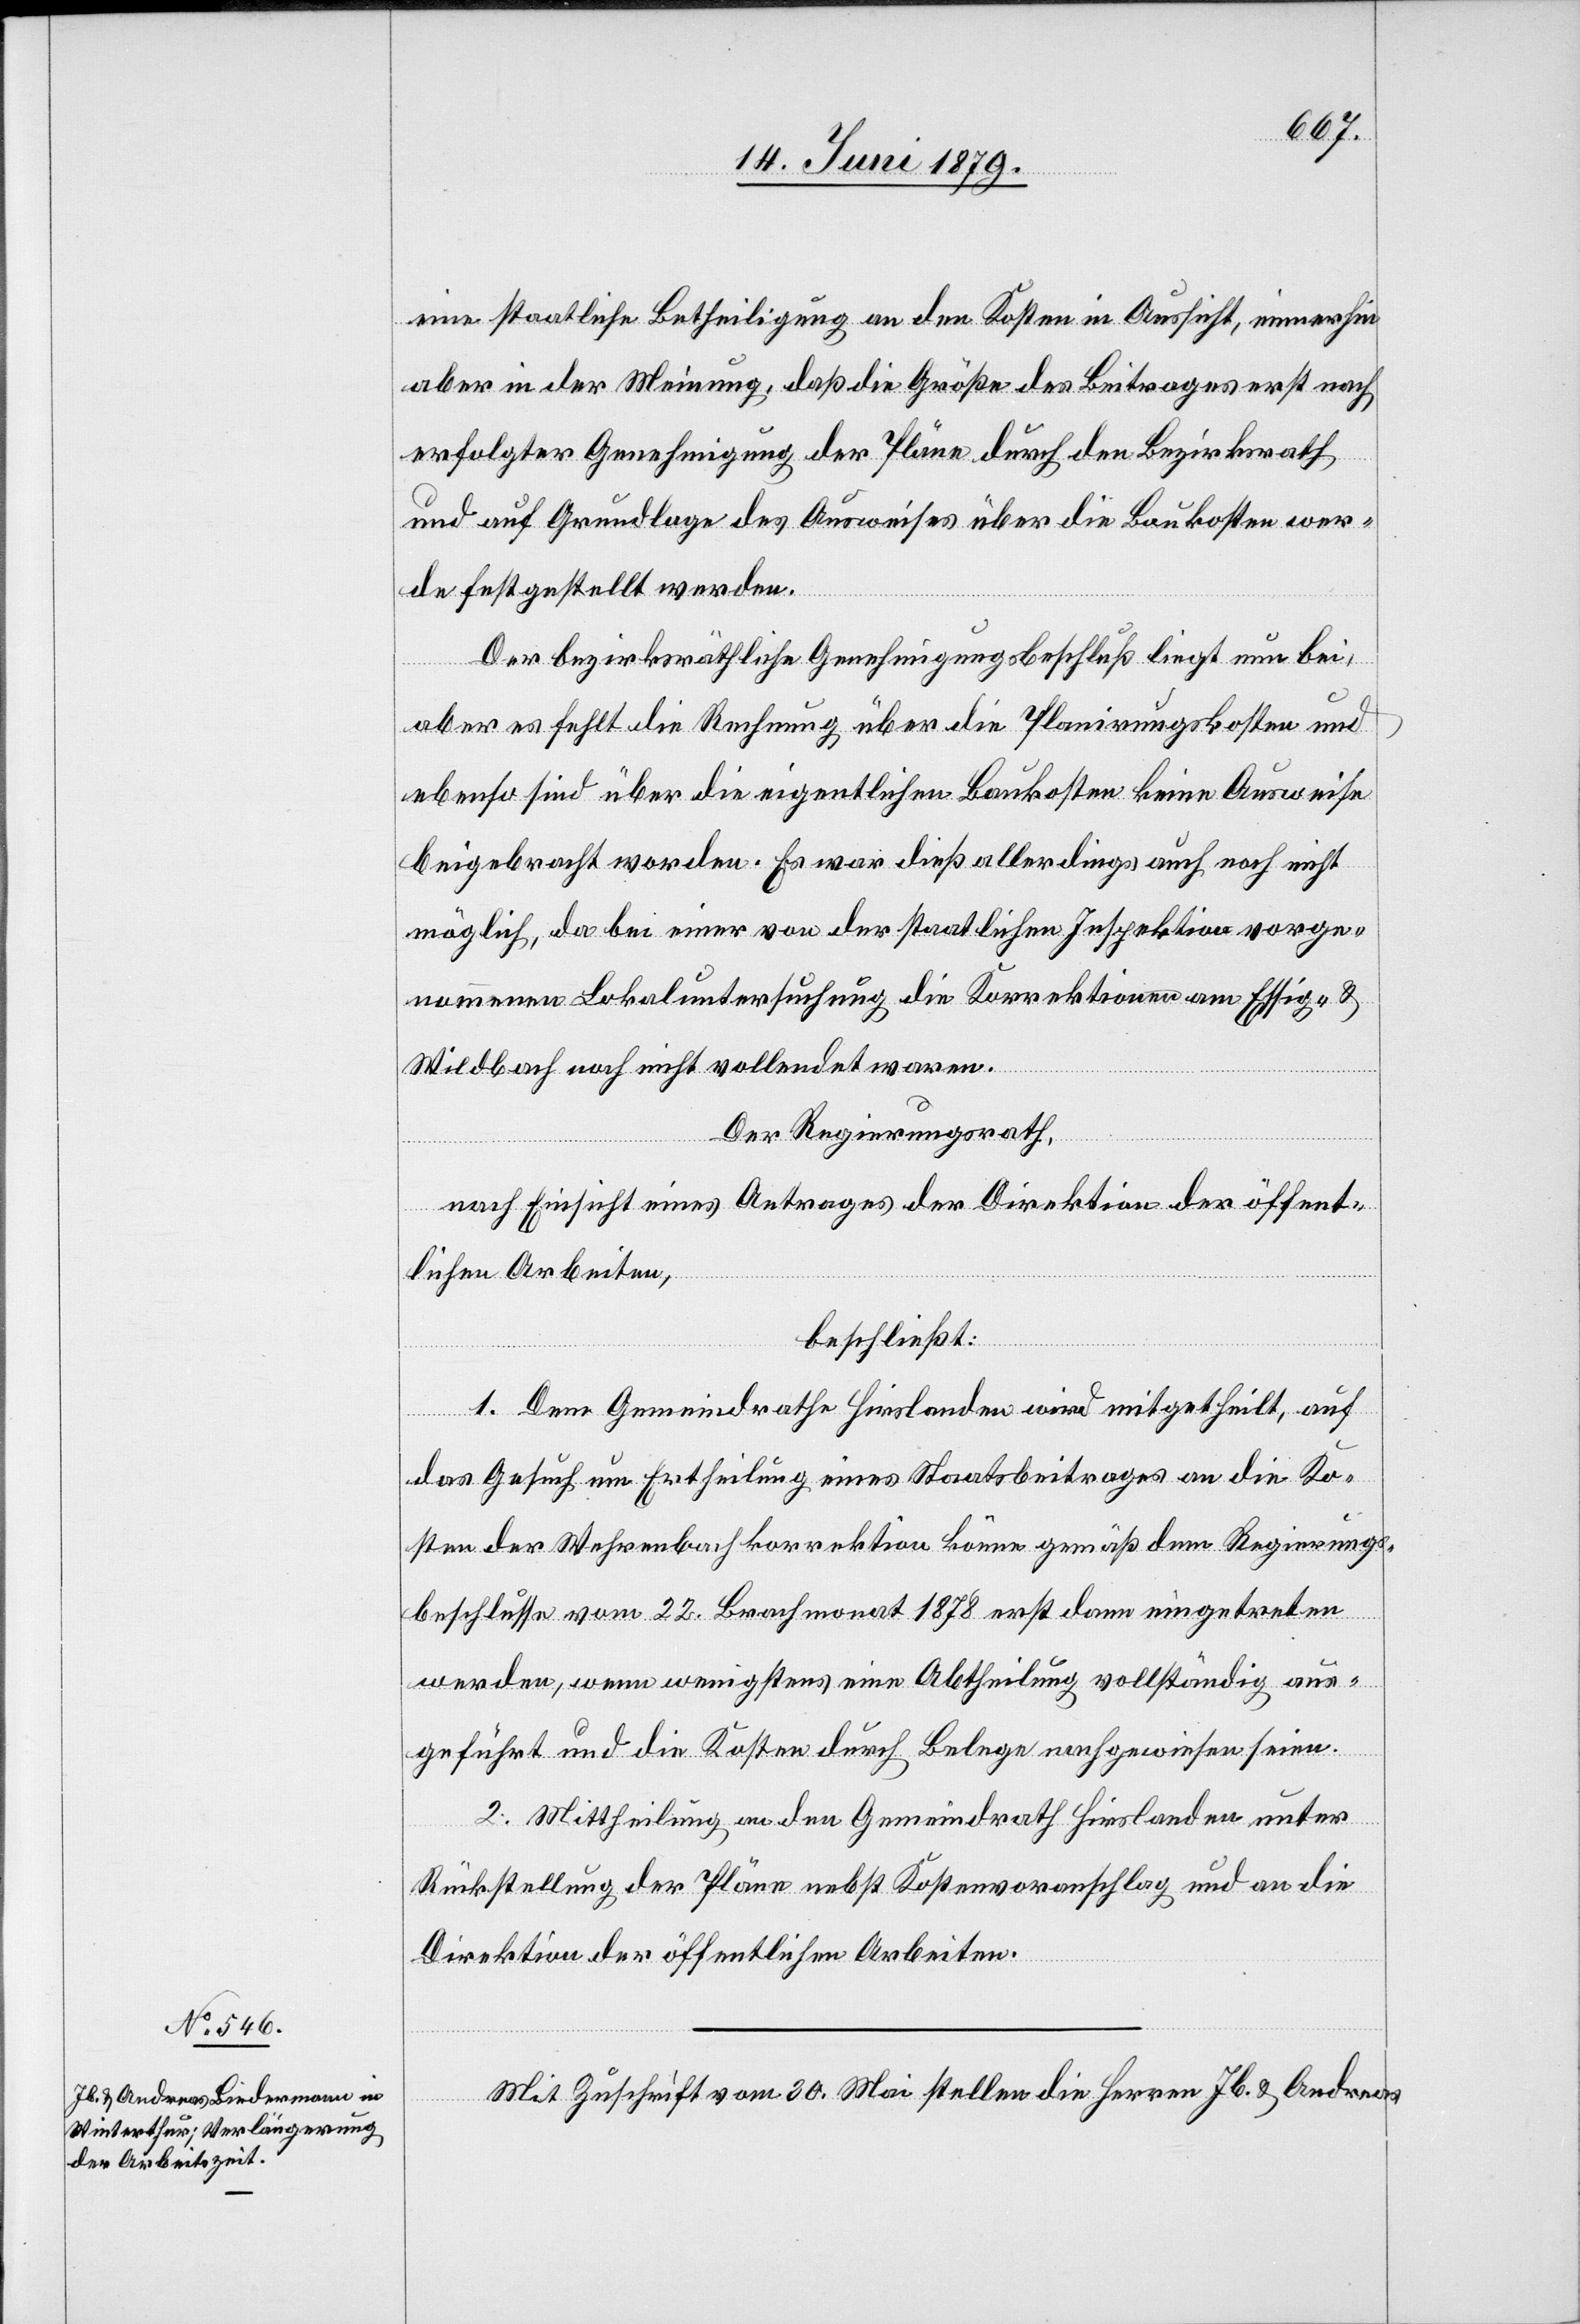
eine staatliche Betheiligung an den Kosten in Aussicht, immerhin
aber in der Meinung, daß die Größe des Beitrages erst nach
erfolgter Genehmigung der Pläne durch den Bezirksrath
und auf Grundlage des Ausweises über die Baukosten wer¬
de festgestellt werden.
Der bezirksräthliche Genehmigungsbeschluß liegt nun bei,
aber es fehlt die Rechnung über die Planirungskosten und
ebenso sind über die eigentlichen Baukosten keine Ausweise
beigebracht worden. Es war dieß allerdings auch noch nicht
möglich, da bei einer von der staatlichen Inspektion vorge¬
nommenen Lokaluntersuchung die Korrektionen am Essig- &
Wildbach noch nicht vollendet waren.
Der Regierungsrath,
nach Einsicht eines Antrages der Direktion der öffent¬
lichen Arbeiten,
beschließt:
1. Dem Gemeindrathe Hirslanden wird mitgetheilt, auf
das Gesuch um Ertheilung eines Staatsbeitrages an die Ko¬
sten der Wehrenbachkorrektion könne gemäß dem Regierungs¬
beschlusse vom 22. Brachmonat 1878 erst dann eingetreten
werden, wenn wenigstens eine Abtheilung vollständig aus¬
geführt und die Kosten durch Belege nachgewiesen seien.
2. Mittheilung an den Gemeindrath Hirslanden unter
Rückstellung der Pläne nebst Kostenvoranschlag und an die
Direktion der öffentlichen Arbeiten.
Mit Zuschrift vom 30. Mai stellen die Herren Jb. & Andreas